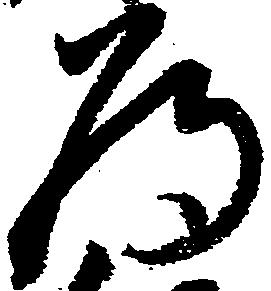
為